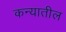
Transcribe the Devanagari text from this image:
कन्यातील